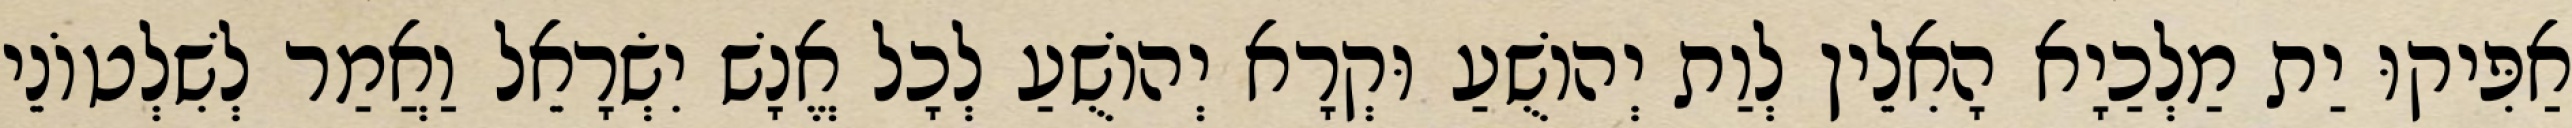
אַפִּיקוּ יַת מַלְכַיָא הָאִלֵין לְוַת יְהוֹשֻׁעַ וּקְרָא יְהוֹשֻׁעַ לְכָל אֱנָשׁ יִשְׂרָאֵל וַאֲמַר לְשִׁלְטוֹנֵי